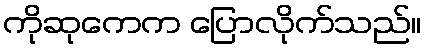
ကိုဆုကေက ပြောလိုက်သည်။